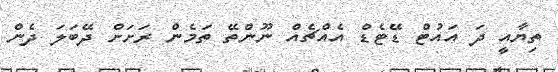
ތިޔާއީ ދަ އައުޓް ޑޭޓެޑް އެއްޗެއް ނޫންތޭ ތަމެން ރަށަށް ދޭބަލަ ދެން